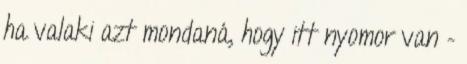
ha valaki azt mondaná, hogy itt nyomor van –